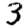
Digit: 3